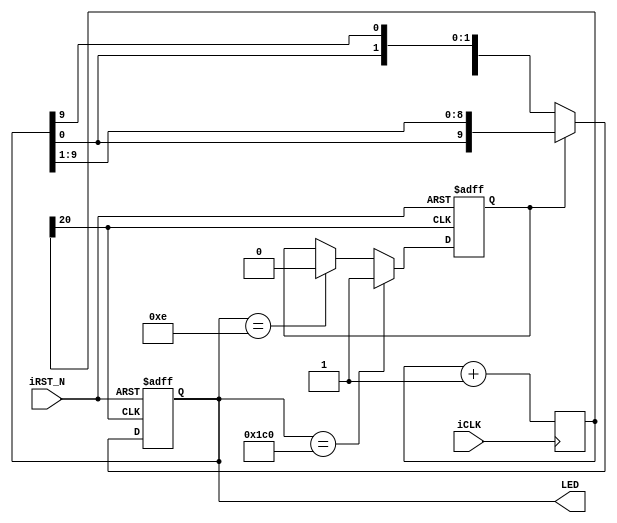
module LEDR_Driver(LED,iCLK,iRST_N);
output	[9:0]	LED;
input			iCLK;
input			iRST_N;

reg		[20:0]	Cont;
reg		[9:0]	mLED;
reg				DIR;

always@(posedge iCLK)	Cont	<=	Cont+1'b1;

always@(posedge Cont[20] or negedge iRST_N)
begin
	if(!iRST_N)
	begin
		mLED	<=	10'b0000000111;
		DIR		<=	0;
	end
	else
	begin
		if(!DIR)
		mLED	<=	{mLED[8:0],mLED[9]};
		else
		mLED	<=	{mLED[0],mLED[9:1]};
		if(mLED == 10'b0111000000)
		DIR	<=	1;
		else if(mLED == 10'b0000001110)
		DIR	<=	0;
	end
end

assign	LED	=	mLED;

endmodule